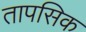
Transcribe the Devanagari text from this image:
तापसिक